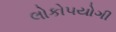
લોકો૫યોગી